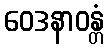
ဝေဒနာဝန္တံ